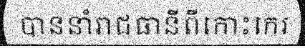
បាននាំរាជធានីពីកោះកេរ